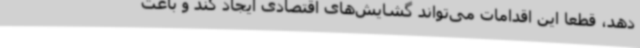
دهد، قطعا این اقدامات می‌تواند گشایش‌های اقتصادی ایجاد کند و باعث